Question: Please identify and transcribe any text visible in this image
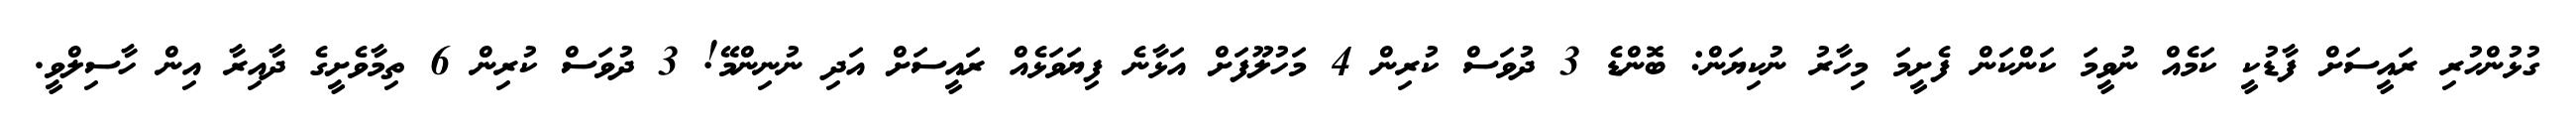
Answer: ގުޅުންހުރި ރައީސަށް ފާޑުކީ ކަމެއް ނުވީމަ ކަންކަން ފެށީމަ މިހާރު ނުކިޔަން: ބޮންޑެ 3 ދުވަސް ކުރިން 4 މަހުލޫފަށް އަޅާނެ ފިޔަވަޅެއް ރައީސަށް އަދި ނުނިންމޭ! 3 ދުވަސް ކުރިން 6 ތިމާވެށީގެ ދާއިރާ އިން ހާސިލްވީ.